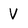
Character: V